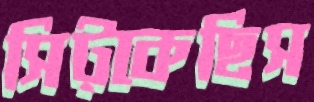
সিট্‌কেছিস